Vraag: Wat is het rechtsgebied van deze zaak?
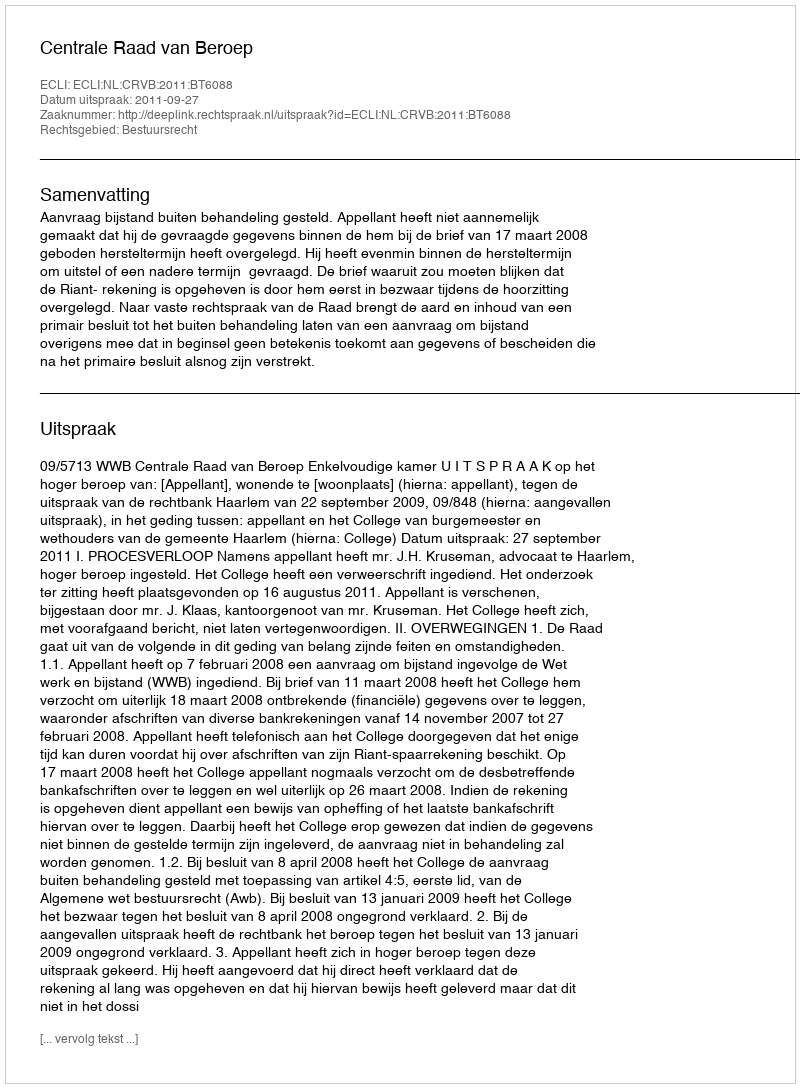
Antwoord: Bestuursrecht